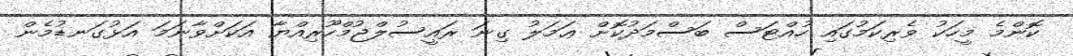
ކޮންމެ މީހަކު ވެރިކަމުގައި ހުއްޓަސް ބަސްމަދުކޮށް ޢަމަލު ގިނަ ރައީސުލްޖުމްހޫރިއްޔާ އަކަށްވާނަމަ އަޅުގަނޑުމެން